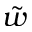
\tilde { w }